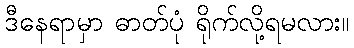
ဒီနေရာမှာ ဓာတ်ပုံ ရိုက်လို့ရမလား။